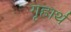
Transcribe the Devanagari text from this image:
गृहार्थ